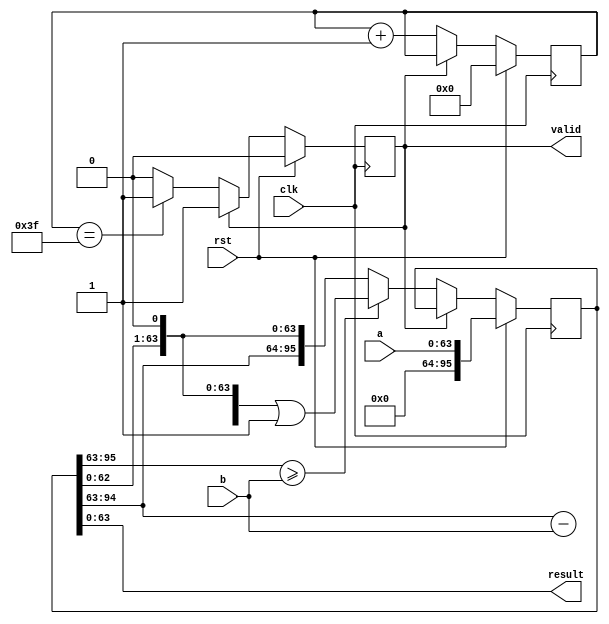


// 
// 1284151284
// step 1: 1151501151
// step 2: 1121215150121512
// step 3: 11281515888
// step 4: 14884841555,9
// Done, step

//step 1:
//          0 
//        /--------
//  15  \/  1 2 8 4
//          0
//         --------
//          1

//step 2:
//          0 0
//        /--------
//  15  \/  1 2 8 4
//            0
//         --------
//          1 2
//            0
//         --------
//          1 2

//step 3:
//          0 0 8
//        /--------
//  15  \/  1 2 8 4
//            0
//         --------
//          1 2
//            0
//         --------
//          1 2 8
//          1 2 0
//         -------
//              8

//step 4:
//          0 0 8 5
//        /--------
//  15  \/  1 2 8 4
//            0
//         --------
//          1 2
//            0
//         --------
//          1 2 8
//          1 2 0
//         -------
//              8 4
//              7 5
//             -----
//                9


//1011,142/10
//step 1~441000,101040000

//step 5,5100011010step1
//100110
//            00001
//          /---------
//  1010  \/  10001110
//             1010
//            ------ 
//              111

//step 611111111110101
//            000011
//          /---------
//  1010  \/  10001110
//             1010
//            ------ 
//              1111
//              1010
//              ----
//               101

//step 710111101110101
//            0000111
//          /---------
//  1010  \/  10001110
//             1010
//            ------ 
//              1111
//              1010
//              -----
//               1011
//               1010
//               -----
//                  1

//step 81101010100
//            00001110
//          /---------
//  1010  \/  10001110
//             1010
//            ------ 
//              1111
//              1010
//              -----
//               1011
//               1010
//               -----
//                  10

//Done111010

//rst    : div_result= 0000_1 0001110
//                     ------ 5bit10101,1010div_result<<1
//cycle 1: div_result= 00010 001110 0
//...
//cycle 4: div_result= 10001 110 0000
//                     ----- 5bit1010,({10001-1010,111 0000}<<1)|1({00111,111000}<<1)|1,
//                          0bit11div_result<<1,0
//cycle 5: div_result= 01111 1000001
//                     ----- 5bit1010
//cycle 6: div_result= 01011 0000011
//                     ----- 5bit1010
//cycle 7: div_result= 00010 0000111
//                     ----- 5bit1010
//cycle 8: div_result= 0010           00001110
//                     ----4bit   --------8bit

module div_by_shift_sum #(
    parameter WidthD0=64,
    parameter WidthD1=32,
    parameter WidthQ=WidthD0+WidthD1)
(
    input wire                  clk,
    input wire                  rst,
    input wire  [WidthD0-1:0]   a,
    input wire  [WidthD1-1:0]   b,

    output wire [WidthD0-1:0]   result,
    output reg                  valid
);

localparam CountBits = $clog2(WidthD0-1)+1;

reg  [WidthQ-1:0]    div_result;
reg  [WidthD1 :0]    div_sub_val; //
reg  [CountBits-1:0] counter;

always @ (posedge clk) begin
    if (rst) begin
        div_result      <= {{WidthD1{1'b0}}, a};
        counter         <= 0;
        valid           <= 0;
    end
    else if (~valid)begin
        if (div_result[WidthQ-1:WidthD0-1]>=b)
            div_result  <= ({div_sub_val,div_result[WidthD0-2:0]} << 1) | 1;
        else
            div_result  <= div_result << 1;

        counter         <= counter+1;
        if (counter==WidthD0-1)
            valid       <= 1;
    end
end

integer ii;

always @(*) begin
    div_sub_val = div_result[WidthQ-1:WidthD0-1]-b;
end

assign result = div_result[WidthD0-1:0];

endmodule



module div_by_shift_sum_pipeline #(
    parameter WidthD0=64,
    parameter WidthD1=32,
    parameter WidthQ=WidthD0+WidthD1)
(
    input wire                  clk,
    input wire  [WidthD0-1:0]   a,
    input wire  [WidthD1-1:0]   b,

    output wire [WidthD0-1:0]   result
);


reg  [WidthD1-1:0]   b_d[0:WidthD0];
reg  [WidthQ-1:0]    div_result_d[0:WidthD0];
reg  [WidthD1  :0]   div_sub_val[0:WidthD0];

always @ (posedge clk) begin
    b_d[0]           <= b;
    div_result_d[0]  <= {{WidthD1{1'b0}}, a};
end

integer ii;

always @(*) begin
    for (ii = 0; ii <= WidthD0; ii = ii + 1) begin
        div_sub_val[ii] = div_result_d[ii][WidthQ-1:WidthD0-1]-b_d[ii];
    end
end

always @(posedge clk) begin
    for (ii = 1; ii <= WidthD0; ii = ii + 1) begin
        if (div_result_d[ii-1][WidthQ-1:WidthD0-1]>=b_d[ii-1])
            div_result_d[ii]  <= ({div_sub_val[ii-1],div_result_d[ii-1][WidthD0-2:0]} << 1) | 1;
        else
            div_result_d[ii]  <= div_result_d[ii-1] << 1;

        b_d[ii]               <= b_d[ii-1];

    end
end

assign result = div_result_d[WidthD0][WidthD0-1:0];

endmodule